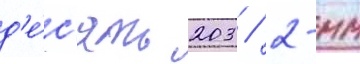
д'е́с'ять 203 / 2-мм